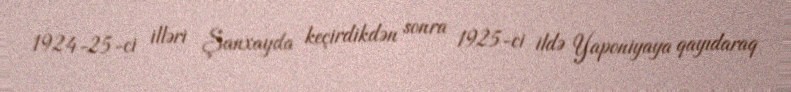
1924-25-ci illəri Şanxayda keçirdikdən sonra 1925-ci ildə Yaponiyaya qayıdaraq